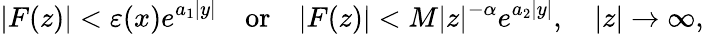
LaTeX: \vert F(z)\vert<\varepsilon(x)e^{a_{1}\vert y\vert}\quad\textrm{or}\quad\vert F(z)\vert<M\vert z\vert^{-\alpha}e^{a_{2}\vert y\vert},\quad\vert z\vert\to\infty,